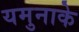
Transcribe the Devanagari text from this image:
यमुनाके